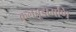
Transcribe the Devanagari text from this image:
कुलचूडामणि